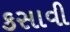
કસાવી